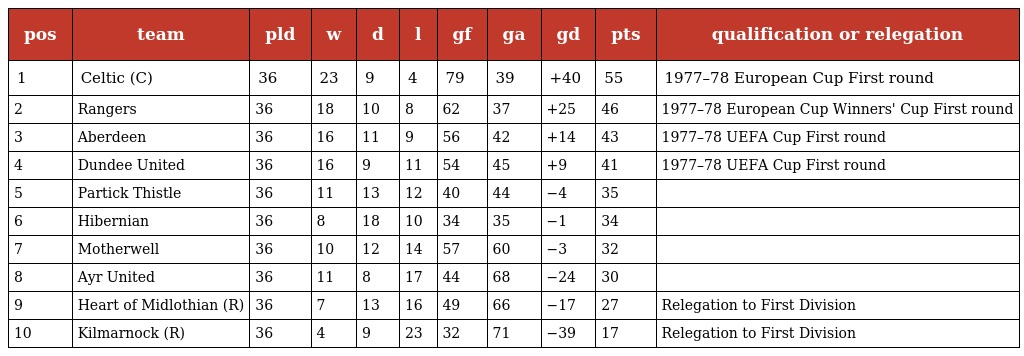
| pos | team | pld | w | d | l | gf | ga | gd | pts | qualification or relegation |
 | --- | --- | --- | --- | --- | --- | --- | --- | --- | --- | --- |
 | 1 | Celtic (C) | 36 | 23 | 9 | 4 | 79 | 39 | +40 | 55 | 1977–78 European Cup First round |
 | 2 | Rangers | 36 | 18 | 10 | 8 | 62 | 37 | +25 | 46 | 1977–78 European Cup Winners' Cup First round |
 | 3 | Aberdeen | 36 | 16 | 11 | 9 | 56 | 42 | +14 | 43 | 1977–78 UEFA Cup First round |
 | 4 | Dundee United | 36 | 16 | 9 | 11 | 54 | 45 | +9 | 41 | 1977–78 UEFA Cup First round |
 | 5 | Partick Thistle | 36 | 11 | 13 | 12 | 40 | 44 | −4 | 35 |  |
 | 6 | Hibernian | 36 | 8 | 18 | 10 | 34 | 35 | −1 | 34 |  |
 | 7 | Motherwell | 36 | 10 | 12 | 14 | 57 | 60 | −3 | 32 |  |
 | 8 | Ayr United | 36 | 11 | 8 | 17 | 44 | 68 | −24 | 30 |  |
 | 9 | Heart of Midlothian (R) | 36 | 7 | 13 | 16 | 49 | 66 | −17 | 27 | Relegation to First Division |
 | 10 | Kilmarnock (R) | 36 | 4 | 9 | 23 | 32 | 71 | −39 | 17 | Relegation to First Division |